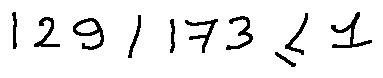
1 2 9 \div 1 7 3 \leq 1